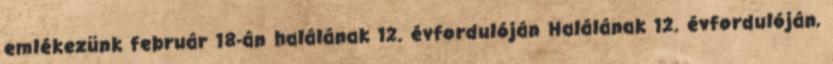
emlékezünk február 18-án halálának 12. évfordulóján Halálának 12. évfordulóján,